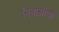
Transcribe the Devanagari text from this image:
निवासीयों